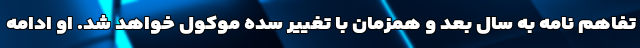
تفاهم نامه به سال بعد و همزمان با تغییر سده موکول خواهد شد. او ادامه